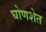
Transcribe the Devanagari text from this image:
घोणशेत